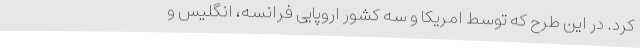
کرد. در این طرح که توسط امریکا و سه کشور اروپایی فرانسه، انگلیس و